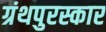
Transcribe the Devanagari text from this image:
ग्रंथपुरस्कार